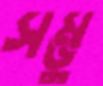
সম্ভু